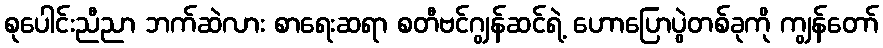
စုပေါင်းညီညာ ဘက်ဆဲလား စာရေးဆရာ စတီဗင်ဂျွန်ဆင်ရဲ့ ဟောပြောပွဲတစ်ခုကို ကျွန်တော်